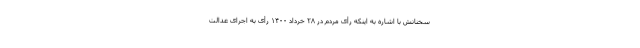
سخنانش با اشاره به اینکه رأی مردم در ۲۸ خرداد ۱۴۰۰ رأی به اجرای عدالت